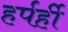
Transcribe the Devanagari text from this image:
हर्पर्ही